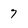
Character: 7